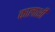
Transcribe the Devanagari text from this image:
कालाशी